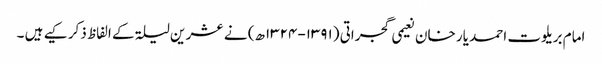
امام بریلوت احمد یار خان نعیمی گجراتی (۱۳۹۱-۱۳۲۴ھ) نے عشر ین لیلۃ کے الفاظ ذکر کیے ہیں ۔